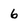
Character: 6